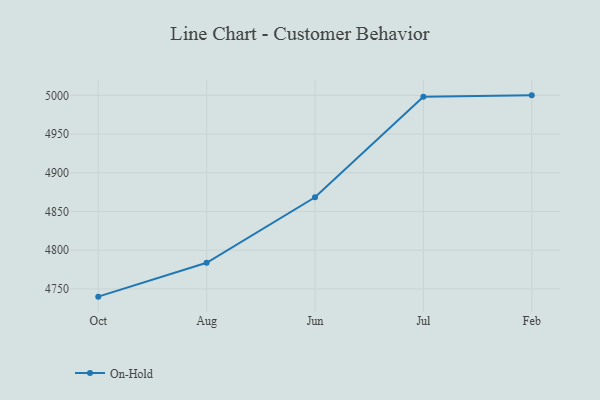
{"axis": {"x": "Month", "y": "Waste Production (Tons)"}, "legend": ["On-Hold"], "data": [{"x": "Oct", "y": 4740.0, "type": "On-Hold"}, {"x": "Aug", "y": 4783.8, "type": "On-Hold"}, {"x": "Jun", "y": 4868.4, "type": "On-Hold"}, {"x": "Jul", "y": 4998.2, "type": "On-Hold"}, {"x": "Feb", "y": 5000, "type": "On-Hold"}]}